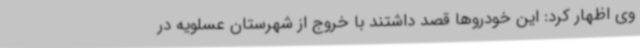
وی اظهار کرد: این خودروها قصد داشتند با خروج از شهرستان عسلویه در